Lock hospitals Punjab
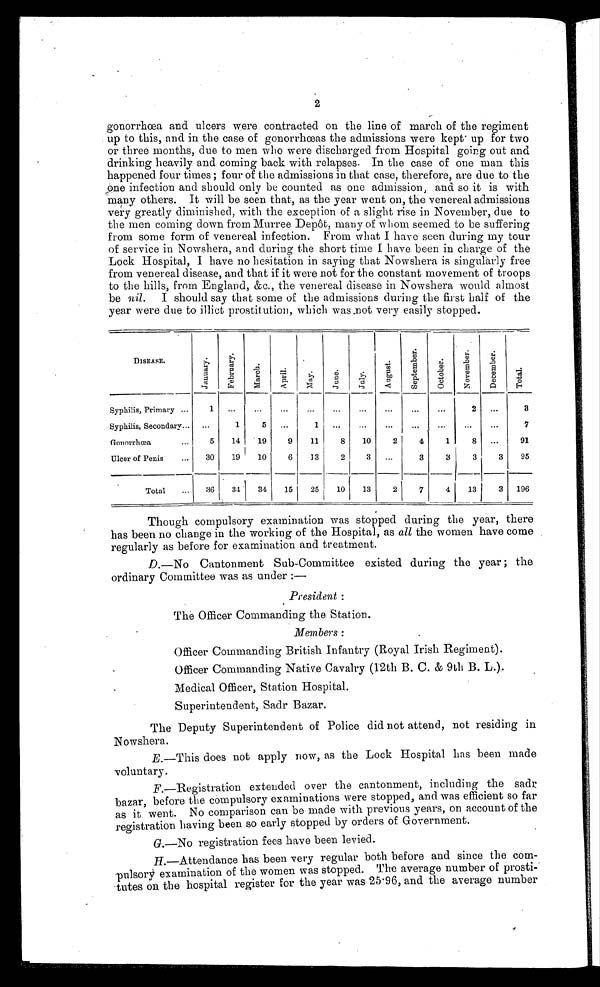
NOWSHERA :
1 st January 1889.
B. DORAN, BRIGADE-MAJOR,
Secretary, Cantonment Committee.
F. W. G. HALL, SURGEON, M. S.,
Medical Officer in Charge of Lock Hospital,
Annual Statement No. I. of the Lock Hospital at Nowshera for the Year 1888.
1
2
3
4
5
6
7
8
L o c a l G o v e r n -
m e n t o r A d -
m i n i s t r a t i o n .
D a t e o n w h i c h
L o c k H o s p i t a l
w a s e s t a b l i s h e d .
A c t u n d e r w h i c h
t h e R u l e s a r e i n
f o r c e .
A r e a o v e r w h i c h
t h e R u l e s a r e i n
f o r c e .
E s t i m a t e n a t i v e
p o p u l a t i o n w i t h -
i n t h i s a r e a .
Details of monthly pay of
Establishment.
W h e t h e r a f i r s t
o r s e c o n d c l a s s
H o s p i t a l .
REMARKS.
P u n j a b G o v e r n m e n t .
1 3 t h A p r i l 1 8 7 2 .
C l a u s e 7 , S e c t i o n 1 9 , A c t X I I 1 8 6 4 .
C a n t o n m e n t , N o w s h e r a .
4 , 1 6 2 .
Rs.
2 n d C l a s s L o c k H o s p i t a l .
Medical Officer
. . .
.., 50
Native Doctor
. . .
... 10
Matron ...
. . .
. . .
6
Bhisti ...
. . .
. . .
5
Cook ...
...
. . .
5
Female Sweeper
. . .
...
4
Total monthly cost of Estab-
lishment ... ... 80
4